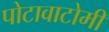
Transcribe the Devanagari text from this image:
पोटावाटोमी